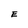
Character: E